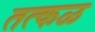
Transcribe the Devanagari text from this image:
तत्कळ